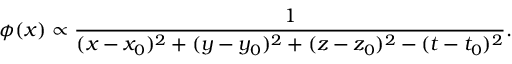
\phi ( x ) \propto { \frac { 1 } { ( x - x _ { 0 } ) ^ { 2 } + ( y - y _ { 0 } ) ^ { 2 } + ( z - z _ { 0 } ) ^ { 2 } - ( t - t _ { 0 } ) ^ { 2 } } } .